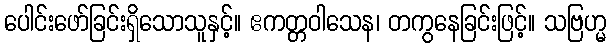
ပေါင်းဖော်ခြင်းရှိသောသူနှင့်။ ဧကတ္တဝါသေန၊ တကွနေခြင်းဖြင့်။ သဗြဟ္မ